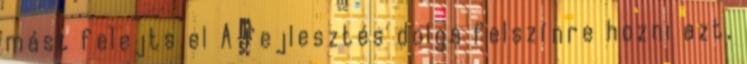
mást felejts el A fejlesztés dolga felszínre hozni azt,